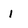
Character: l